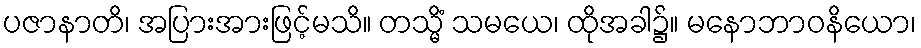
ပဇာနာတိ၊ အပြားအားဖြင့်မသိ။ တသ္မိံ သမယေ၊ ထိုအခါ၌။ မနောဘာဝနိယော၊